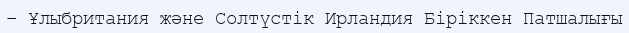
– Ұлыбритания және Солтүстік Ирландия Біріккен Патшалығы